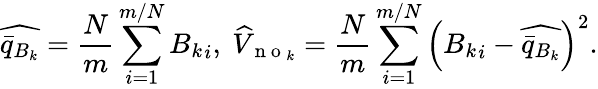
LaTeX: \widehat{\bar{q}_{B_{k}}}=\frac{N}{m}\sum_{i=1}^{m/N}{B_{k}}_{i},~\widehat{V}_{\mathrm{~n~o~}_{k}}=\frac{N}{m}\sum_{i=1}^{m/N}\left({B_{k}}_{i}-\widehat{\bar{q}_{B_{k}}}\right)^{2}.